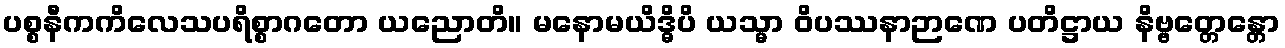
ပစ္စနီကကိလေသပရိစ္စာဂတော ယညောတိ။ မနောမယိဒ္ဓိပိ ယသ္မာ ဝိပဿနာဉာဏေ ပတိဋ္ဌာယ နိဗ္ဗတ္တေန္တော